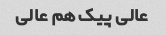
عالی پیک هم عالی